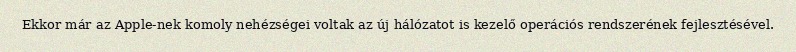
Ekkor már az Apple-nek komoly nehézségei voltak az új hálózatot is kezelő operációs rendszerének fejlesztésével.